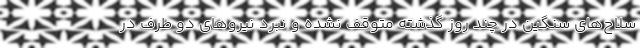
سلاح‌های سنگین در چند روز گذشته متوقف نشده و نبرد نیروهای دو طرف در